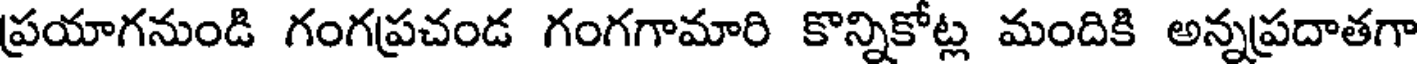
ప్రయాగనుండి గంగప్రచండ గంగగామారి కొన్నికోట్ల మందికి అన్నప్రదాతగా